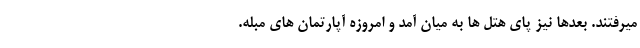
میرفتند. بعدها نیز پای هتل ها به میان آمد و امروزه آپارتمان های مبله.